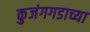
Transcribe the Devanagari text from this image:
कुजंगगडाच्या